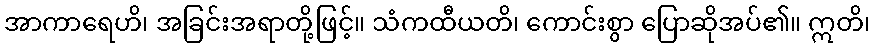
အာကာရေဟိ၊ အခြင်းအရာတို့ဖြင့်။ သံကထီယတိ၊ ကောင်းစွာ ပြောဆိုအပ်၏။ ဣတိ၊